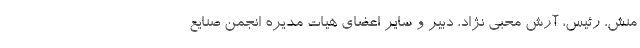
منش، رئیس، آرش محبی نژاد، دبیر و سایر اعضای هیات مدیره انجمن صنایع